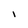
Character: l